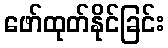
ဖော်ထုတ်နိုင်ခြင်း